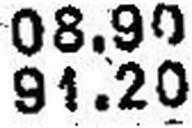
91.20